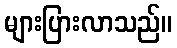
များပြားလာသည်။